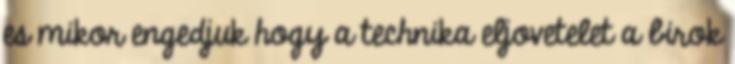
es mikor engedjuk hogy a technika eljovetelet a birok